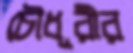
চৌধূরীর